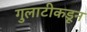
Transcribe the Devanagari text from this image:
गुलाटीकडून